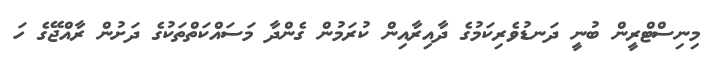
މިނިސްޓްރީން ބުނީ ދަނޑުވެރިކަމުގެ ދާއިރާއިން ކުރަމުން ގެންދާ މަސައްކަތްތަކުގެ ދަށުން ރާއްޖޭގެ ހަ